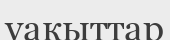
уакыттар